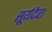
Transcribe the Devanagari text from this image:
सूर्यदेवा